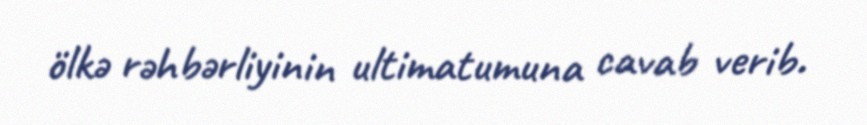
ölkə rəhbərliyinin ultimatumuna cavab verib.